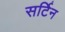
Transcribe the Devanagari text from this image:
सर्टिन